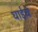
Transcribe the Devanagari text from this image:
घाईचे